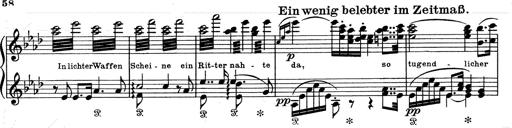
Title: Aus Lohengrin
Composer: Franz Liszt